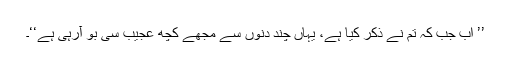
’’ اب جب کہ تم نے ذکر کیا ہے، یہاں چند دنوں سے مجھے کچھ عجیب سی بوٗ آرہی ہے‘‘۔